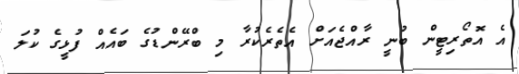
އެ އޮތޯރިޓީން ބުނީ ރާއްޖެއަށް އެތެރެކުރާ މި ބްރޭންޑުގެ ބައެއް ފުޅީގެ ކުލަ